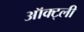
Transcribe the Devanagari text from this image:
ऑक्ट्ली